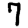
Digit: 7